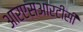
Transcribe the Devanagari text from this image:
आरएसआरटीसी